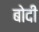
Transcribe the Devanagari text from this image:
बोदी